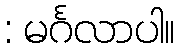
: မင်္ဂလာပါ။